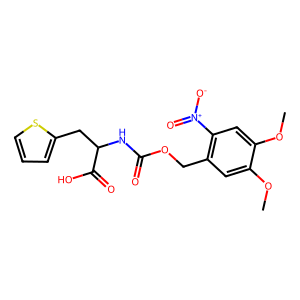
SMILES: COc1cc(COC(=O)NC(Cc2cccs2)C(=O)O)c([N+](=O)[O-])cc1OC
Inhibits HIV replication: No